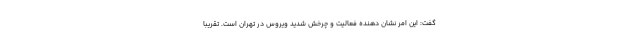
گفت: این امر نشان دهنده فعالیت و چرخش شدید ویروس در تهران است. تقریبا